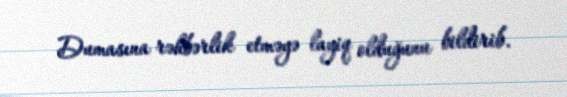
Dumasına rəhbərlik etməyə layiq olduğunu bildirib.